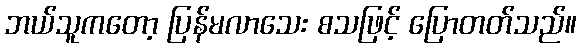
ဘယ်သူကတော့ ပြန်မလာသေး စသဖြင့် ပြောတတ်သည်။